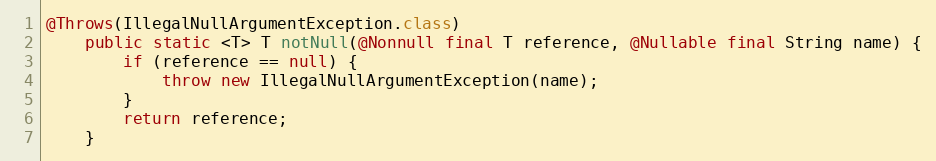
Language: Java
@Throws(IllegalNullArgumentException.class)
	public static <T> T notNull(@Nonnull final T reference, @Nullable final String name) {
		if (reference == null) {
			throw new IllegalNullArgumentException(name);
		}
		return reference;
	}